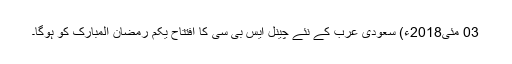
03 مئی2018ء) سعودی عرب کے نئے چینل ایس بی سی کا افتتاح یکم رمضان المبارک کو ہوگا۔